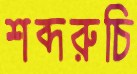
শব্দরুচি